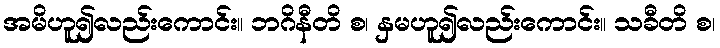
အမိဟူ၍လည်းကောင်း။ ဘဂိနီတိ စ၊ နှမဟူ၍လည်းကောင်း။ သခီတိ စ၊